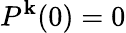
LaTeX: P^{\mathbf{k}}(0)=0